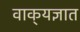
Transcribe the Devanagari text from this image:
वाक्‌यज्ञात